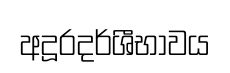
අදූරදර්ශීභාවය